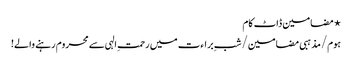
⋆ مضامین ڈاٹ کام
ہوم/مذہبی مضامین/شبِ براءت میں رحمتِ الہی سے محروم رہنے والے!